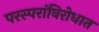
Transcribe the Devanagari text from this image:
परस्परांविरोधात